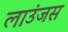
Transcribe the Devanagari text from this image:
लाउंजस